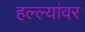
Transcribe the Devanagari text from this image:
हल्ल्यांवर